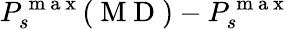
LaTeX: P_{s}^{\mathrm{~m~a~x~}}(\mathrm{~M~D~})-P_{s}^{\mathrm{~m~a~x~}}